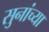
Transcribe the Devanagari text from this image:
सुनांच्या